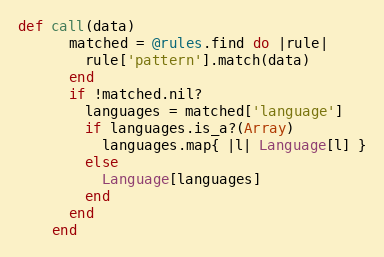
Language: Ruby
def call(data)
      matched = @rules.find do |rule|
        rule['pattern'].match(data)
      end
      if !matched.nil?
        languages = matched['language']
        if languages.is_a?(Array)
          languages.map{ |l| Language[l] }
        else
          Language[languages]
        end
      end
    end